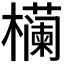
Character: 𬅉